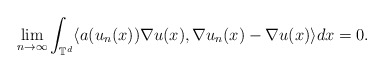
\begin{align*}\lim_{n\rightarrow\infty} \int_{\mathbb{T}^d} \langle a(u_n(x)) \nabla u(x), \nabla u_n(x) - \nabla u(x) \rangle dx = 0 .\end{align*}